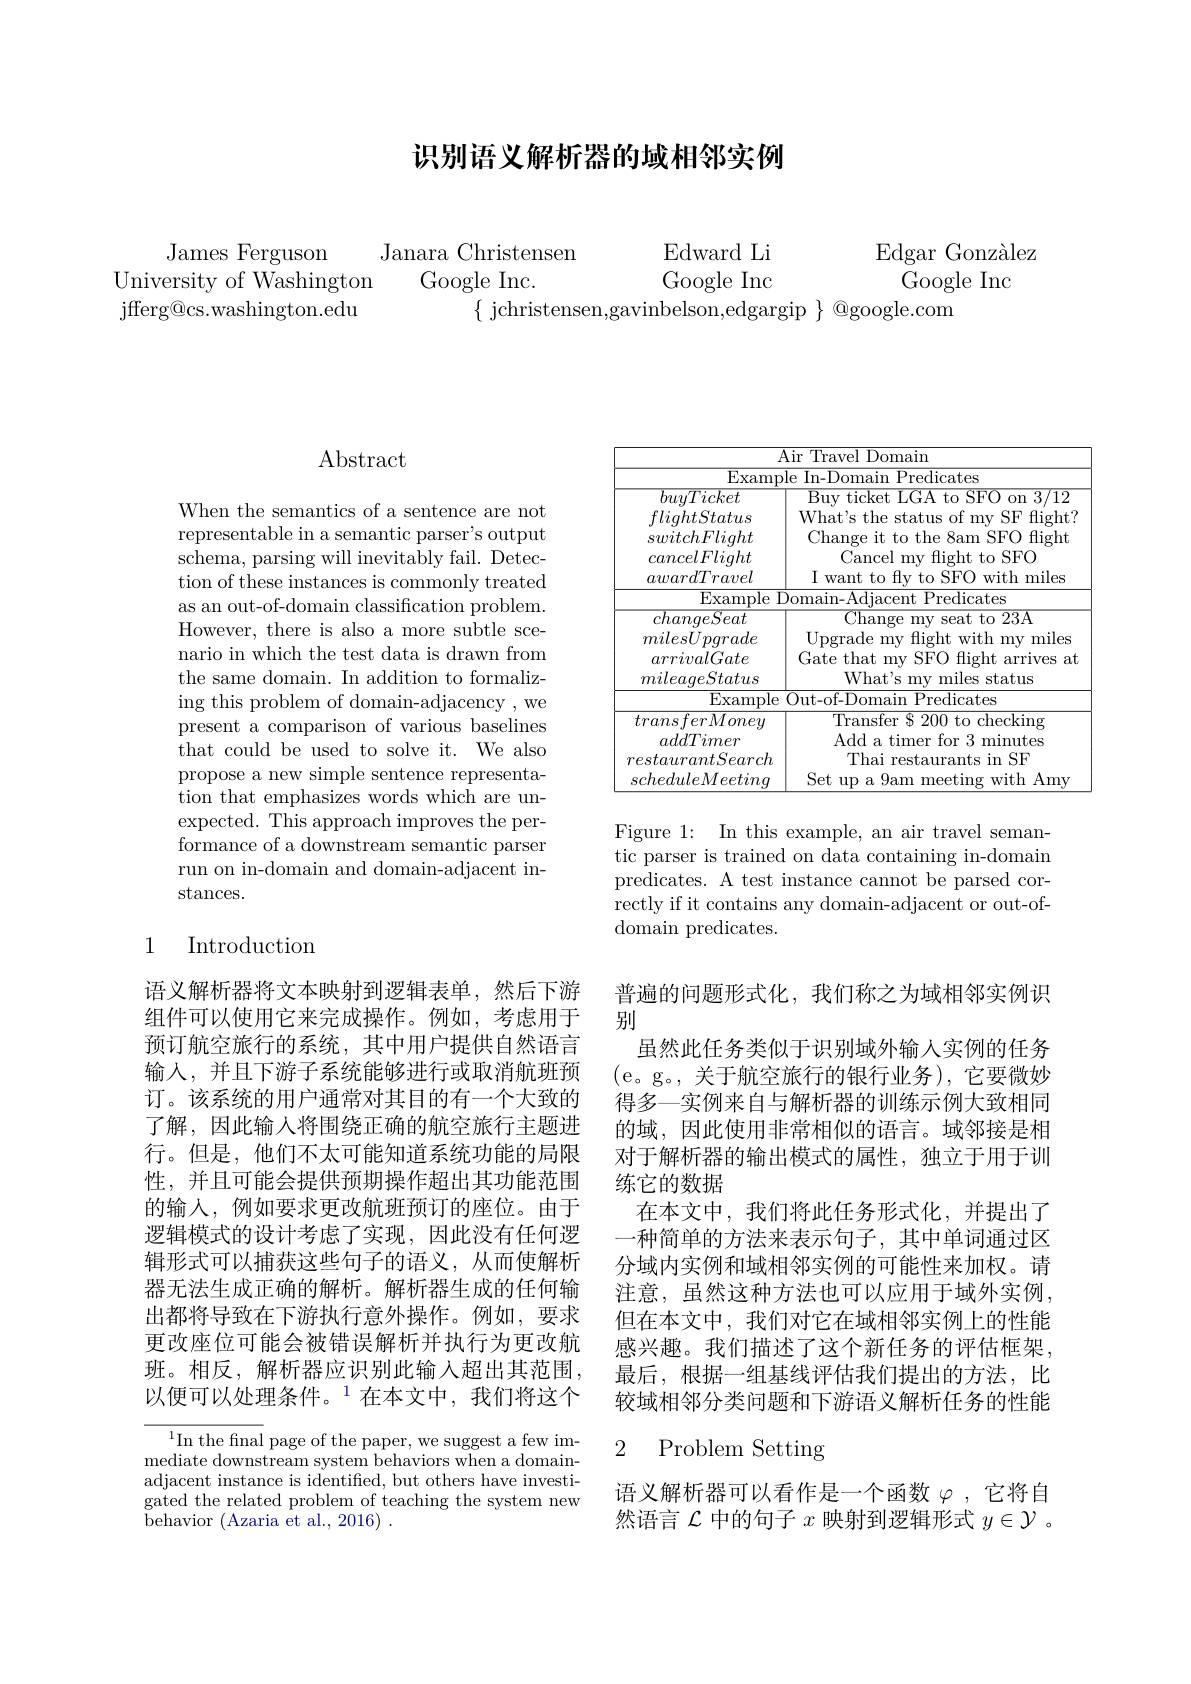
# 识别语义解析器的域相邻实例

$\operatorname{Edward}$Li

Google Inc

Edgar Gonzàlez
${\mathrm{Google~Inc}}$

James Ferguson
Janara Christensen
University of Washington
Google Inc.
jfferg@ cs. washington. edu
$\{$ jchristensen,gavinbelson,edgargip $\}$ @google.com

## $\operatorname{Abstract}$

When the semantics of a sentence are not representable in a semantic parser's output schema, parsing will inevitably fail. Detection of these instances is commonly treated as an out-of-domain classification problem. However, there is also a more subtle scenario in which the test data is drawn from the same domain. In addition to formalizing this problem of domain-adjacency , we present a comparison of various baselines that could be used to solve it. We also propose a new simple sentence representation that emphasizes words which are unexpected. This approach improves the performance of a downstream semantic parser run on in-domain and domain-adjacent in- $\operatorname{stances.}$

## 1 Introduction

语义解析器将文本映射到逻辑表单，然后下游组件可以使用它来完成操作。例如，考虑用于预订航空旅行的系统，其中用户提供自然语言输入，并且下游子系统能够进行或取消航班预订。该系统的用户通常对其目的有一个大致的了解，因此输入将围绕正确的航空旅行主题进行。但是，他们不太可能知道系统功能的局限性，并且可能会提供预期操作超出其功能范围的输入，例如要求更改航班预订的座位。由于逻辑模式的设计考虑了实现，因此没有任何逻辑形式可以捕获这些句子的语义，从而使解析器无法生成正确的解析。解析器生成的任何输出都将导致在下游执行意外操作。例如，要求更改座位可能会被错误解析并执行为更改航班。相反，解析器应识别此输入超出其范围， 以便可以处理条件。$^{1}$在本文中，我们将这个

$^1$In the fnal page of the paper, we suggest a few immediate downstream system behaviors when a domainadjacent instance is identified, but others have investigated the related problem of teaching the system new ${\overset {\smile }{\operatorname* { \operatorname* { \operatorname* { behavior} } } }( \text{Azaria et al. , 2016) }}$ .

<table>
	<tbody>
		<tr>
			<td> </td>
			<td>Air Travel Domain</td>
		</tr>
		<tr>
			<td>$\operatorname{Examp}$ buyTicket flightStatus switchFlight cancelFlight awardTravel</td>
			<td>le In-Domain Predicates $\mathop{\text{Buy ticket LGA to SFO on 3/12}}$ What's the status of my SF flight? Change it to the 8am SFO flight Cancel my flight to SFO I want to fy to SFO with miles</td>
		</tr>
		<tr>
			<td>Example </td>
			<td>Oomain- Adjacent Predicates</td>
		</tr>
		<tr>
			<td>EAdIIIDIC $\overline{transferMoney}$</td>
			<td>$\overline{\text{Transfer \$ 200 to checking}}$</td>
		</tr>
		<tr>
			<td>$uuu\bot vilch$ restaurantSearch scheduleMeeting</td>
			<td>LIIL Thai restaurants in SF meeting with Amy $\mathop{\mathrm{Set~up~a~9am}}$ *</td>
		</tr>
	</tbody>
</table>

Figure 1: In this example, an air travel semantic parser is trained on data containing in-domain predicates. A test instance cannot be parsed correctly if it contains any domain-adjacent or out-of- ${\mathrm{domain~predicates.}}$

普遍的问题形式化，我们称之为域相邻实例识
别
虽然此任务类似于识别域外输入实例的任务(e。g。,关于航空旅行的银行业务),它要微妙得多一实例来自与解析器的训练示例大致相同的域，因此使用非常相似的语言。域邻接是相对于解析器的输出模式的属性，独立于用于训练它的数据
在本文中，我们将此任务形式化，并提出了一种简单的方法来表示句子，其中单词通过区分域内实例和域相邻实例的可能性来加权。请注意，虽然这种方法也可以应用于域外实例， 但在本文中，我们对它在域相邻实例上的性能感兴趣。我们描述了这个新任务的评估框架， 最后，根据一组基线评估我们提出的方法，比较域相邻分类问题和下游语义解析任务的性能

### 2 Problem Setting

语义解析器可以看作是一个函数$\varphi$ ,它将自然语言$\mathcal{L}$中的句子$x$映射到逻辑形式$y\in\mathcal{Y}$ 。